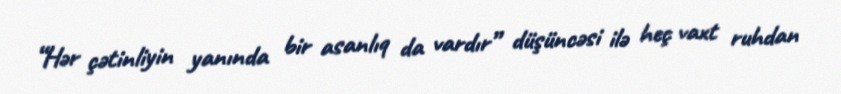
“Hər çətinliyin yanında bir asanlıq da vardır” düşüncəsi ilə heç vaxt ruhdan